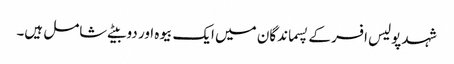
شہد پولیس افسر کے پسماندگان میں ایک بیوہ اور دو بیٹے شامل ہیں۔